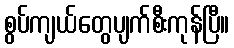
စွပ်ကျယ်တွေပျက်စီးကုန်ပြီ။